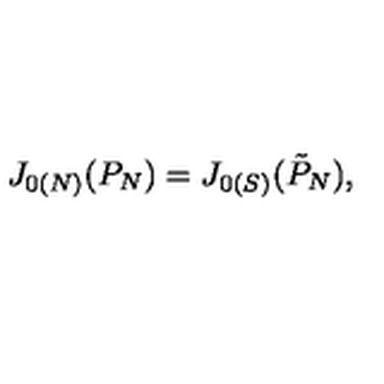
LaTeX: J _ { 0 ( N ) } ( P _ { N } ) = J _ { 0 ( S ) } ( \tilde { P } _ { N } ) ,